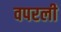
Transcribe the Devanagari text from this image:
वपरली